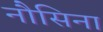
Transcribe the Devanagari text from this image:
नौसिना